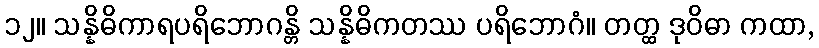
၁၂။ သန္နိဓိကာရပရိဘောဂန္တိ သန္နိဓိကတဿ ပရိဘောဂံ။ တတ္ထ ဒုဝိဓာ ကထာ,